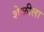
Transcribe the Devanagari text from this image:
शेळीला